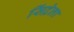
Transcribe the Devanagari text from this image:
सिंद्रेला